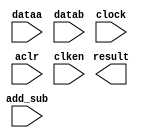
module addsub16 (
	add_sub,
	dataa,
	datab,
	clock,
	aclr,
	clken,
	result)/* synthesis synthesis_clearbox = 1 */;

	input	  add_sub;
	input	[15:0]  dataa;
	input	[15:0]  datab;
	input	  clock;
	input	  aclr;
	input	  clken;
	output	[15:0]  result;

endmodule